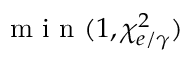
\mathrm { ~ m ~ i ~ n ~ } ( 1 , \chi _ { e / \gamma } ^ { 2 } )